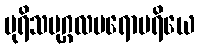
ပုရိသပုဂ္ဂလပရောပရိယေ